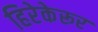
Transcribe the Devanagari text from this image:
हिरेकेरूर